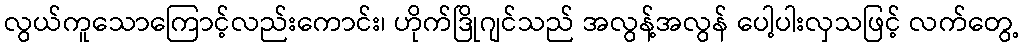
လွယ်ကူသောကြောင့်လည်းကောင်း၊ ဟိုက်ဒြိုဂျင်သည် အလွန့်အလွန် ပေါ့ပါးလှသဖြင့် လက်တွေ့